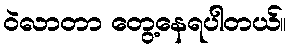
ဝဲလာတာ တွေ့နေရပါတယ်။